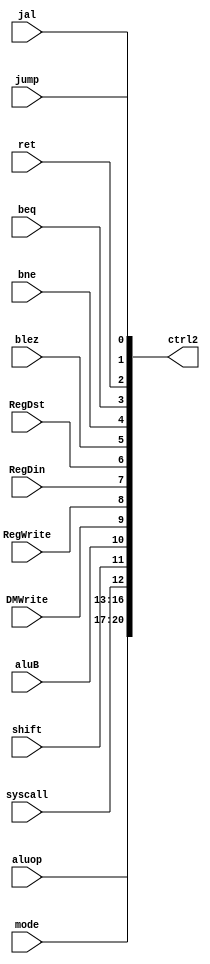
module ctrl2(
	jump,jal,ret,beq,bne,blez,
	RegDst,RegDin,RegWrite,DMWrite,aluB,shift,
	syscall,mode,aluop,
	ctrl2
    );
	input jump,jal,ret,beq,bne,blez;
	input RegDst,RegDin,RegWrite,DMWrite;
	input aluB,shift,syscall;
	input [3:0]mode,aluop;
	output [20:0]ctrl2;
	assign ctrl2 = {aluop,mode,syscall,shift,
		aluB,DMWrite,RegWrite,RegDin,RegDst,blez,
		bne,beq,ret,jal,jump};
endmodule